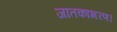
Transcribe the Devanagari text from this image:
जातकाभरण।